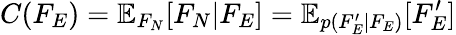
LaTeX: C(F_{E})=\mathbb{E}_{F_{N}}[F_{N}|F_{E}]=\mathbb{E}_{p(F_{E}^{\prime}|F_{E})}[F_{E}^{\prime}]